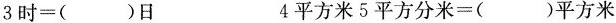
$$3 时 = ( ) 日$$ $$4 平 方 米 5 平 方 分 米 = ( ) 平 方 米$$